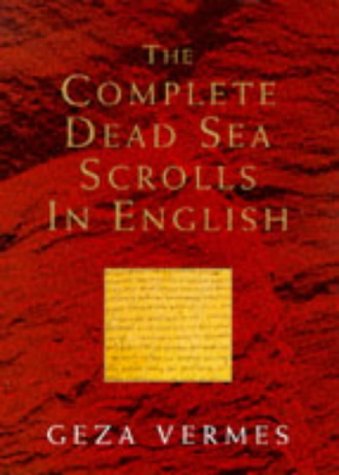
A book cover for The Complete Dead Sea Scrolls in English; Geza Vermes; Christian Books & Bibles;